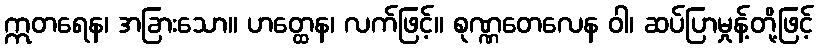
ဣတရေန၊ အခြားသော။ ဟတ္ထေန၊ လက်ဖြင့်။ စုဏ္ဏတေလေန ဝါ၊ ဆပ်ပြာမှုန့်တို့ဖြင့်